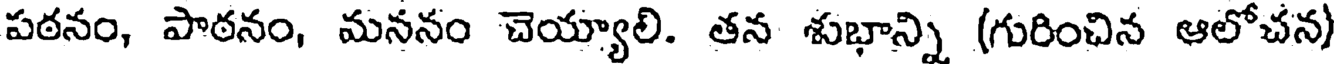
పఠనం, పాఠనం, మననం చెయ్యాలి. తన శుభాన్ని (గురించిన ఆలోచన)